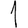
Digit: 1